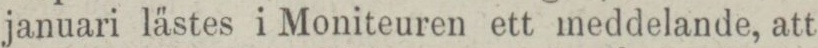
januari lästes i Moniteuren ett meddelande, att